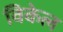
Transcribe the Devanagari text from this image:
विकेल